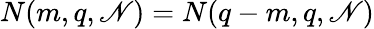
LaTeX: N(m,q,\mathscr{N})=N(q-m,q,\mathscr{N})